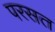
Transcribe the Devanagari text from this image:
परसत